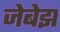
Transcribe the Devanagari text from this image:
जेबेझ